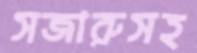
সজারুসহ